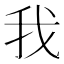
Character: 我